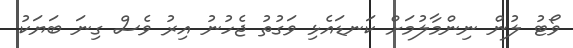
ވޯޓު ލުން ނިންމާލުމަށް ކަނޑައެޅި ވަގުތު ޖެހުނު އިރު ވެސް ގިނަ ބަޔަކު